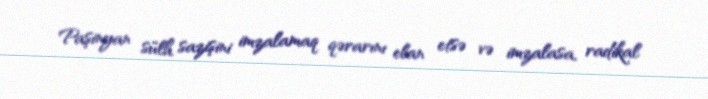
Paşinyan sülh sazişini imzalamaq qərarını elan etsə və imzalasa, radikal